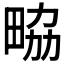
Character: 𤱷